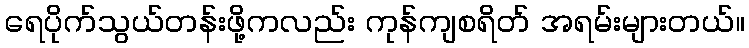
ရေပိုက်သွယ်တန်းဖို့ကလည်း ကုန်ကျစရိတ် အရမ်းများတယ်။